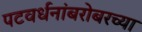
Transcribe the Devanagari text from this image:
पटवर्धनांबरोबरच्या